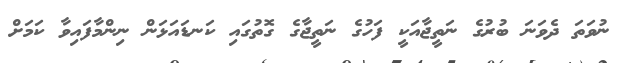
ނުވަތަ ދެވަނަ ބުރުގެ ނަތީޖާއަކީ ފަހުގެ ނަތީޖާގެ ގޮތުގައި ކަނޑައަޅަން ނިންމާފައިވާ ކަމަށް